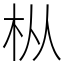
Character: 枞